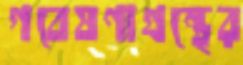
গবেষণাগ্রন্থের